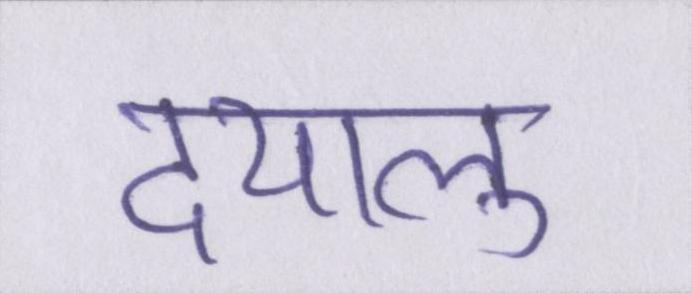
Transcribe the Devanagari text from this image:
दयालु